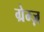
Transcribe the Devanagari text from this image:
ग्रेम्ज़